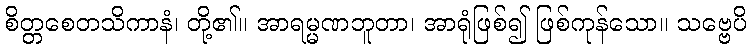
စိတ္တစေတသိကာနံ၊ တို့၏။ အာရမ္မဏဘူတာ၊ အာရုံဖြစ်၍ ဖြစ်ကုန်သော။ သဗ္ဗေပိ